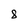
Character: 8